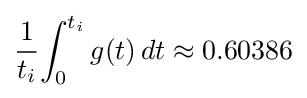
{1 \over t_{i}}{\int _{0}^{t_{i}}g(t)\,dt}\approx 0.60386